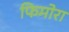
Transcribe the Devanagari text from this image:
फिमोरा